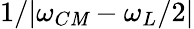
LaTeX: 1/|\omega_{C\mathit{M}}-\omega_{L}/2|